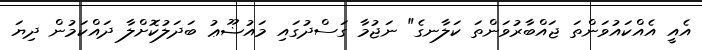
އެއީ އެއްކައުވަންތަ ޖައްބާރުވަންތަ ކަލާނގެ" ނަޖުމާ ގަސްދުގައި މައުޟޫޢު ބަދަލުކޮށްލާ ދައްކަމުން ދިޔަ